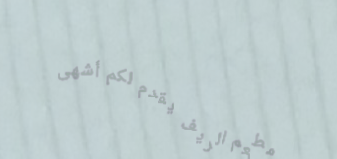
مطعم الريف يقدم لكم أشهى